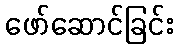
ဖော်ဆောင်ခြင်း